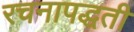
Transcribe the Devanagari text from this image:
रचनापद्धती